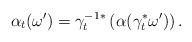
LaTeX: \begin{align*}\alpha_t(\omega')=\gamma_t^{-1}{}^*\left(\alpha(\gamma_t^*\omega')\right).\end{align*}